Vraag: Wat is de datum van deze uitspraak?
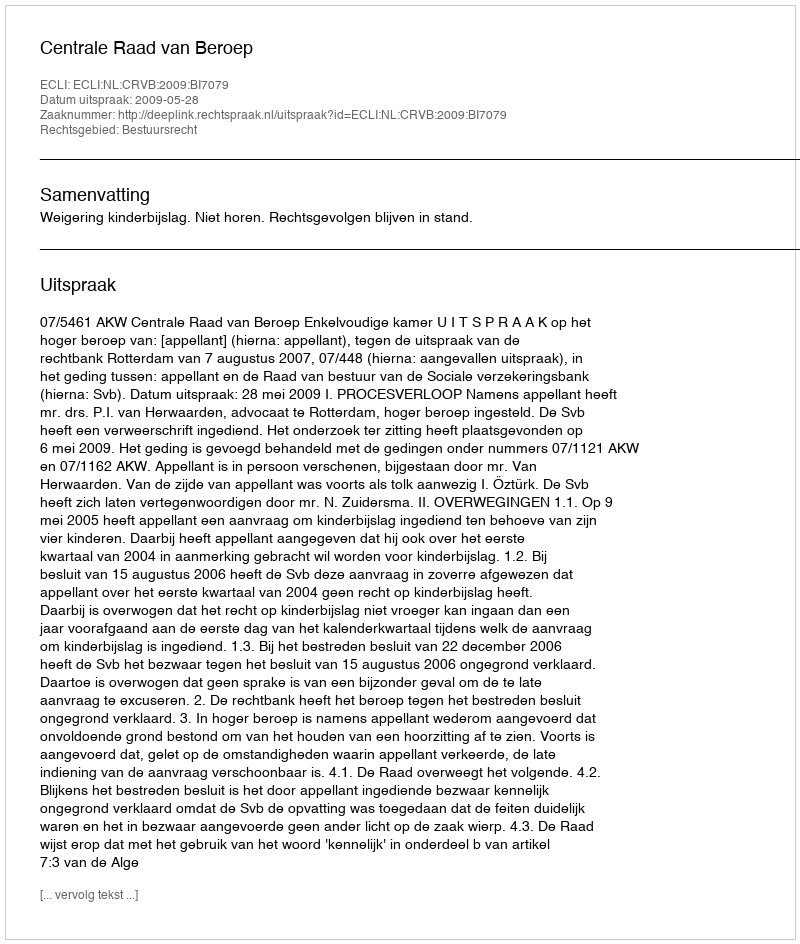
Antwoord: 2009-05-28